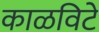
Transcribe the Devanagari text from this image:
काळविटे